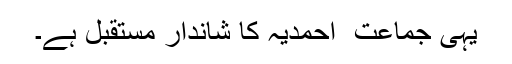
یہی جماعت ِ احمدیہ کا شاندار مستقبِل ہے۔